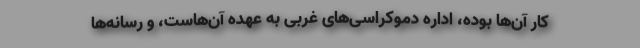
کار آن‌ها بوده، اداره دموکراسی‌های غربی به عهده آن‌هاست، و رسانه‌ها